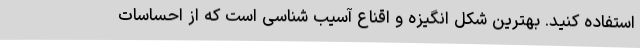
استفاده کنید. بهترین شکل انگیزه و اقناع آسیب شناسی است که از احساسات